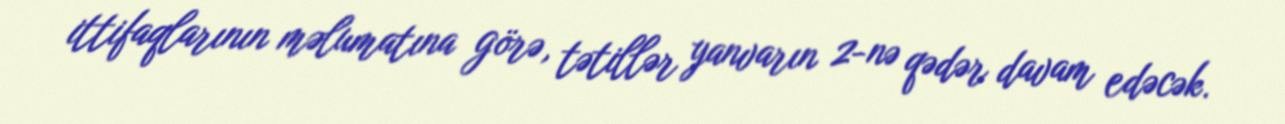
ittifaqlarının məlumatına görə, tətillər yanvarın 2-nə qədər davam edəcək.